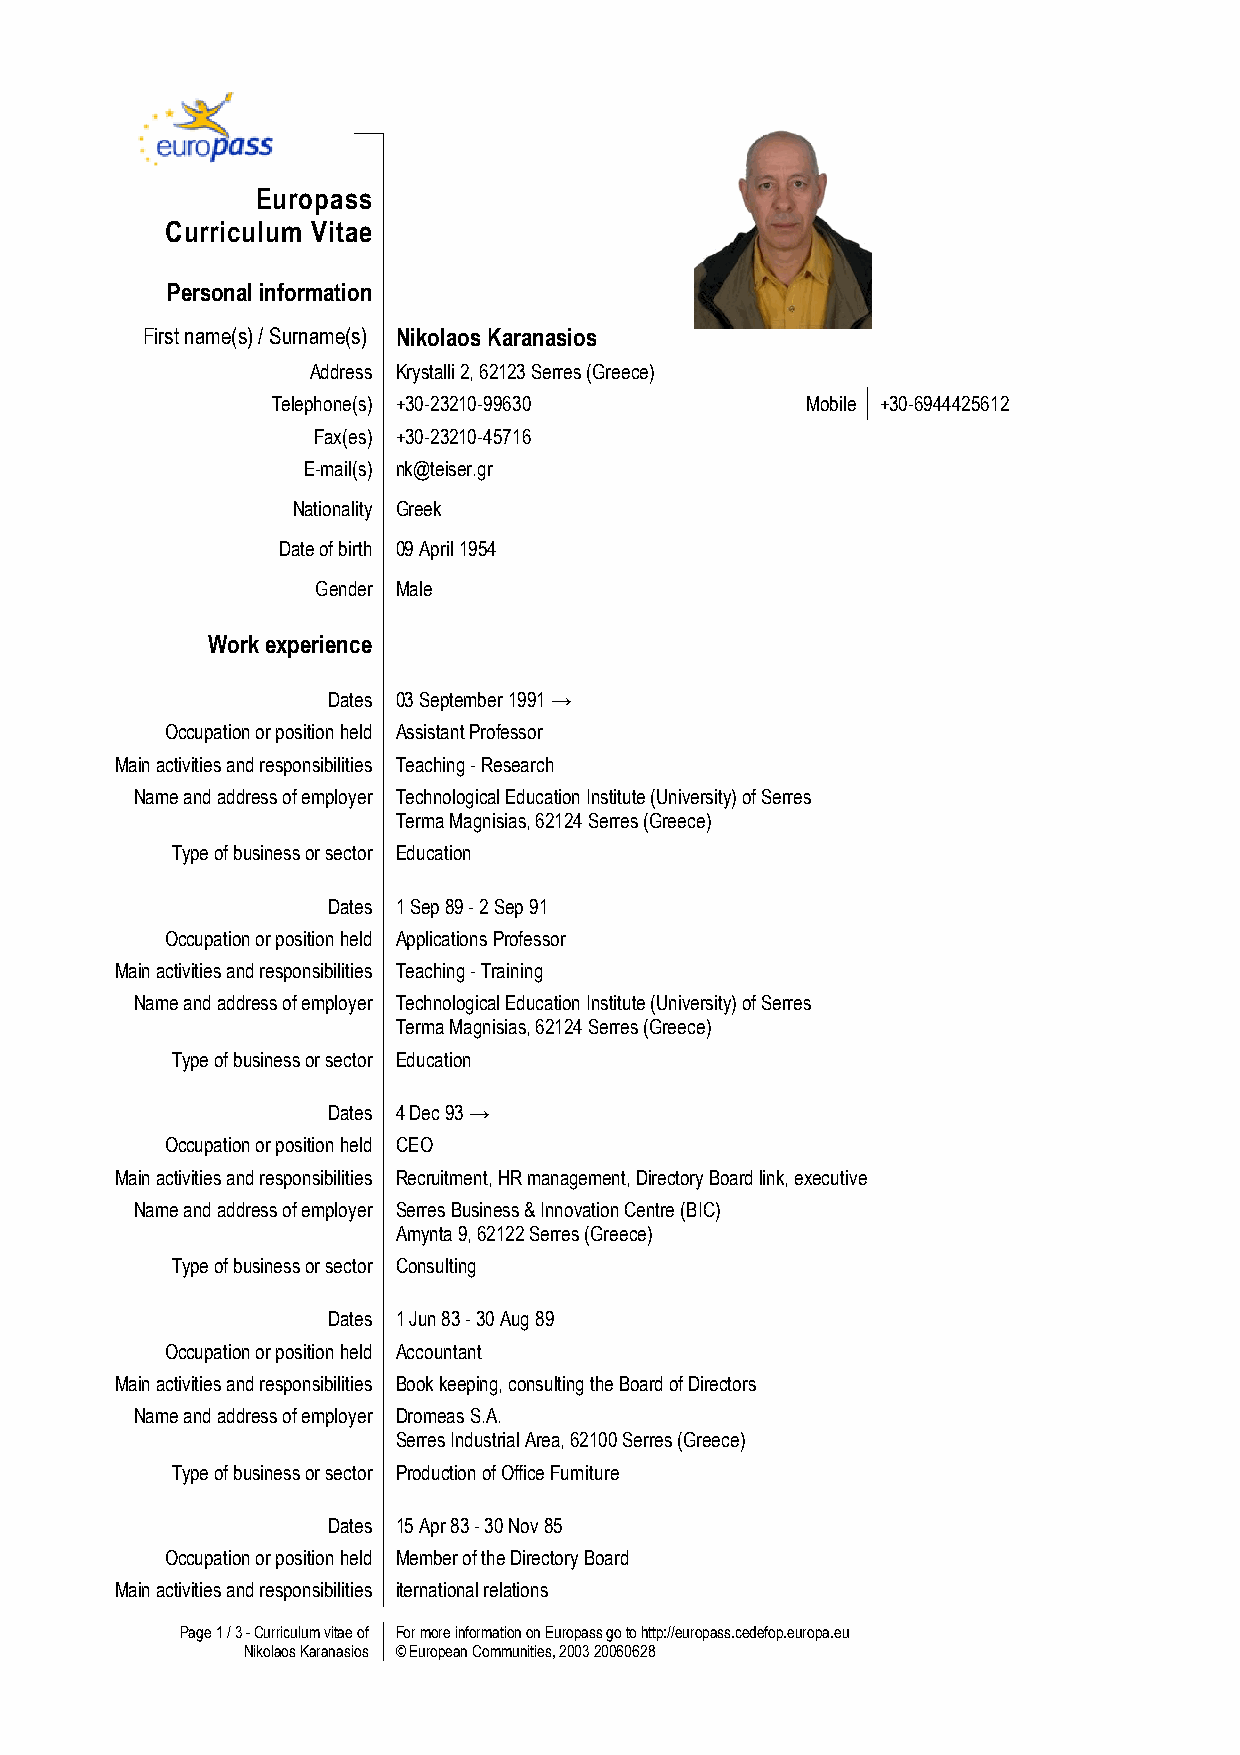
Europass
 Curriculum Vitae
 Personal information
 First name(s) / Surname(s) Nikolaos Karanasios
 Address Krystalli 2, 62123 Serres (Greece)
 Telephone(s) +30-23210-99630       Mobile +30-6944425612
 Fax(es) +30-23210-45716
 E-mail(s) nk@teiser.gr
 Nationality Greek
 Date of birth 09 April 1954
 Gender Male
 Work experience
 Dates 03 September 1991 →
 Occupation or position held Assistant Professor
 Main activities and responsibilities Teaching - Research
 Name and address of employer Technological Education Institute (University) of Serres
 Terma Magnisias, 62124 Serres (Greece)
 Type of business or sector Education
 Dates 1 Sep 89 - 2 Sep 91
 Occupation or position held Applications Professor
 Main activities and responsibilities Teaching - Training
 Name and address of employer Technological Education Institute (University) of Serres
 Terma Magnisias, 62124 Serres (Greece)
 Type of business or sector Education
 Dates 4 Dec 93 →
 Occupation or position held CEO
 Main activities and responsibilities Recruitment, HR management, Directory Board link, executive
 Name and address of employer Serres Business & Innovation Centre (BIC)
 Amynta 9, 62122 Serres (Greece)
 Type of business or sector Consulting
 Dates 1 Jun 83 - 30 Aug 89
 Occupation or position held Accountant
 Main activities and responsibilities Book keeping, consulting the Board of Directors
 Name and address of employer Dromeas S.A.
 Serres Industrial Area, 62100 Serres (Greece)
 Type of business or sector Production of Office Furniture
 Dates 15 Apr 83 - 30 Nov 85
 Occupation or position held Member of the Directory Board
 Main activities and responsibilities iternational relations
 Page 1 / 3 - Curriculum vitae of For more information on Europass go to http://europass.cedefop.europa.eu
 Nikolaos Karanasios © European Communities, 2003 20060628